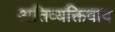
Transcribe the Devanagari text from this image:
अतिव्यक्तिवाद